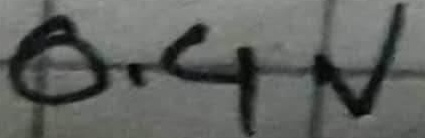
Text: 0.4V